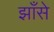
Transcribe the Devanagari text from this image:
झाँसे